Sanitation, dispensaries and jails vaccination Rajputana 1922-1927 - 1922-1927
Year: 1922
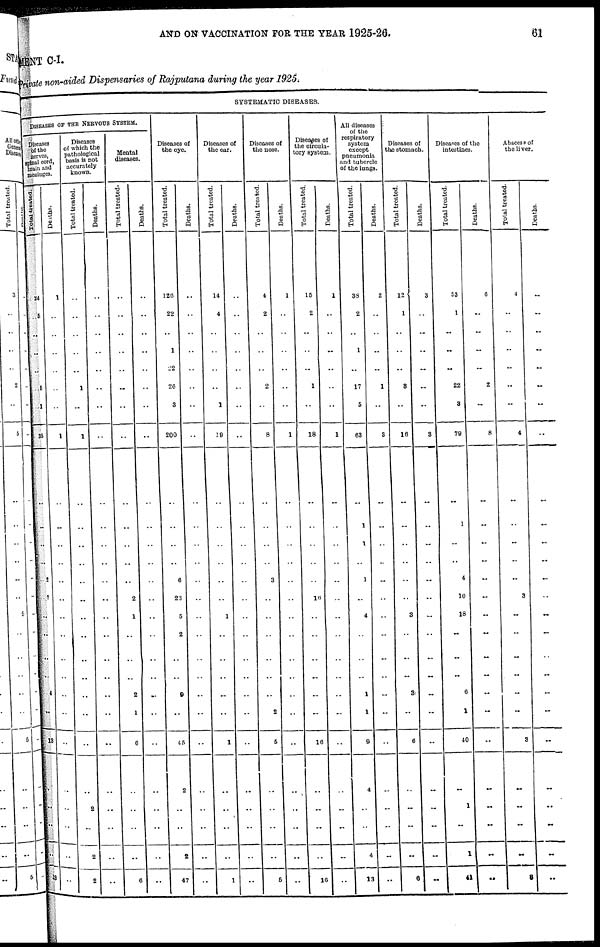
AND ON VACCINATION FOR THE YEAR 1925-26.
61
MENT C-I.
Private non-aided Dispensaries of Rajputana during the year 1925.
SYSTEMATIC DISEASES.
DISEASES OF THE NERVOUS SYSTEM.
Diseases
of the
nerves,
spinal cord,
brain and
meninges.
Total treated.
24
5
..
..
..
6
1
35
..
..
..
..
2
7
..
..
..
..
4
..
13
..
..
..
..
13
Deaths.
1
..
..
..
..
..
..
1
..
..
..
..
..
..
..
..
..
..
..
..
..
..
..
..
..
..
Diseases
of which the
pathological
basis is not
accurately
known.
Total treated.
..
..
..
..
..
1
..
1
..
..
..
..
..
..
..
..
..
..
..
..
..
..
2
..
2
2
Deaths.
..
..
..
..
..
..
..
..
..
..
..
..
..
..
..
..
..
..
..
..
..
..
..
..
..
..
Mental
diseases.
Total treated.
..
..
..
..
..
..
..
..
..
..
..
..
..
2
1
..
..
..
2
1
6
..
..
..
..
6
Deaths.
..
..
..
..
..
..
..
..
..
..
..
..
..
..
..
..
..
..
..
..
..
..
..
..
..
..
Diseases of
the eye.
Total treated.
126
22
..
1
22
26
3
200
..
..
..
..
6
23
5
2
..
..
9
..
45
2
..
..
2
47
Deaths.
..
..
..
..
..
..
..
..
..
..
..
..
..
..
..
..
..
..
..
..
..
..
..
..
..
..
Diseases of
the ear.
Total treated.
14
4
..
..
..
..
1
10
..
..
..
..
..
..
1
..
..
..
..
..
1
..
..
..
..
1
Deaths.
..
..
..
..
..
..
..
..
..
..
..
..
..
..
..
..
..
..
..
..
..
..
..
..
..
..
Diseases of
the nose.
Total treated.
4
2
..
..
..
2
..
8
..
..
..
..
3
..
..
..
..
..
..
2
5
..
..
..
..
5
Deaths.
1
..
..
..
..
..
..
1
..
..
..
..
..
..
..
..
..
..
..
..
..
..
..
..
..
..
Diseases of
the circula-
tory system.
Total treated.
15
2
..
..
..
1
..
18
..
..
..
..
...
10
..
..
..
..
..
..
16
..
..
..
..
16
Deaths.
1
..
..
..
..
..
..
1
..
...
..
..
..
..
..
..
..
...
..
...
..
..
..
..
..
..
All diseases
of the
respiratory
system
except
pneumonia
and tubercle
of the lungs.
Total treated.
38
2
..
1
..
17
5
63
..
1
1
..
1
..
4
..
..
..
1
1
9
4
..
..
4
13
Deaths.
2
..
..
..
..
1
..
3
..
..
..
..
..
..
..
..
..
..
..
..
..
..
..
..
..
..
Diseases of
the stomach.
Total treated.
12
1
..
..
..
3
..
16
..
..
..
..
..
..
3
..
..
..
3
..
6
..
..
..
..
6
Deaths.
3
..
..
...
..
..
..
3
..
..
..
..
..
..
..
..
..
..
..
..
..
..
..
..
..
. ..
Diseases of the
intestines.
Total treated.
53
1
..
..
..
22
8
70
..
1
..
..
4
10
18
..
..
..
6
1
40
..
1
..
1
41
Deaths.
6
..
..
..
..
2
..
8
..
..
..
..
..
..
..
..
..
..
..
..
..
..
..
..
..
..
Abscess of
the liver.
Total treated.
4
..
..
..
..
..
..
4
..
..
..
..
..
3
..
..
..
..
..
..
3
..
..
..
..
8
Deaths.
..
..
..
..
..
..
..
..
..
..
..
..
..
..
..
..
..
..
..
..
..
..
..
..
..
..